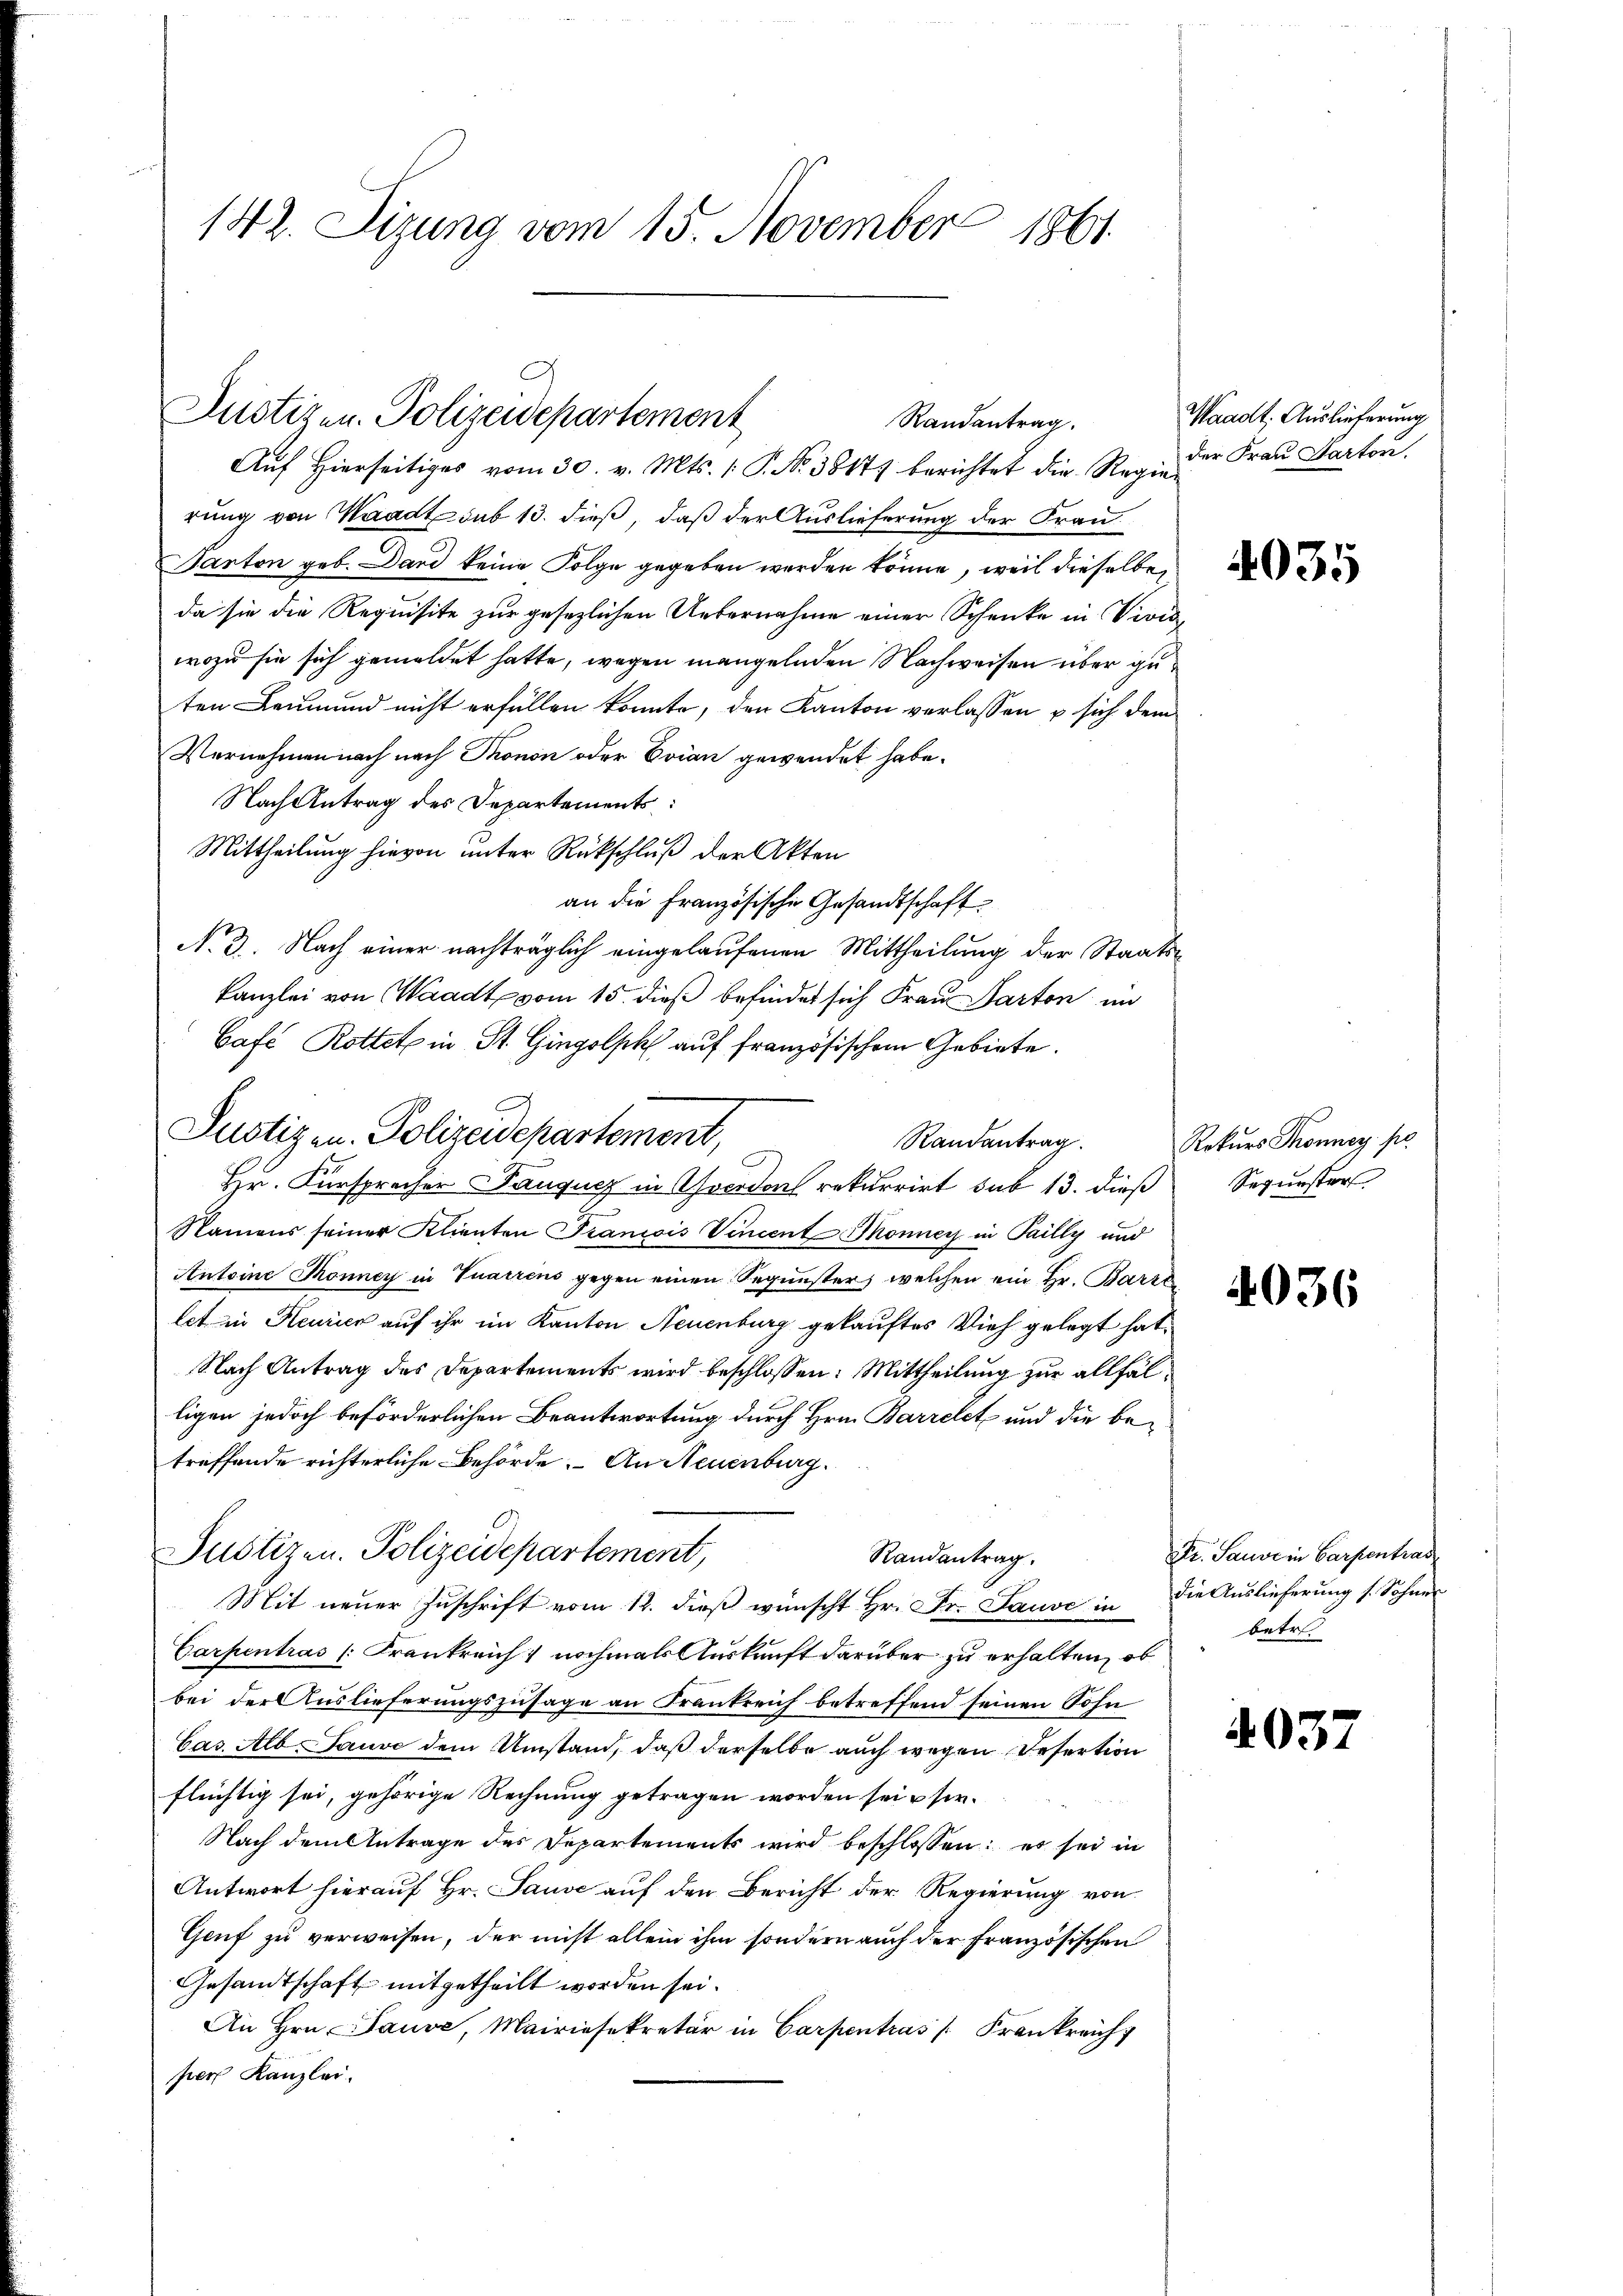
142. Sizung vom 15. November 1861

Justizen. Polizeidepartement
Randantrag.

Auf Hierseitiges vom 30. v. Mts. 1 P. Nr. 38177 berichtet die Regen der Frau Karton.
rung von Waadt sub 13. dieß, daß der Auslieferung der Frau¬
Parton geb. Dard keine Folge gegeben werden könne, weil dieselbe,
da sie die Requisite zur gesezlichen Uebernahme einer Schenke in Vivis
wozu sie sich gemeldet hatte, wegen mangelnden Nachweisen über geten Leumund nicht erfüllen konnte, den Kanton verlassen u sich dem
Vernehmen nach nach Thonon oder Evian gewendet habe.
Nach Antrag des Departements:
Mittheilung hievon unter Rückschluß der Akten
an die Französische Gesandtschaft
No 3. Nach einer nachträglich eingelaufenen Mittheilung der Staats¬
Kanzlei von Waadt vom 15. dieß befindet sich Frau Parten in
Café Rottet in St. Gingolsch auf französischem Gebiete.
Randantrag.
Hr. Fürspracher Pauqucz in verdorf rekurrirt sub 13. dieß Sepurster
Namens seiner Klienten Tranicis Vincent Monner in Pailly und
Antoine Tonney in Tuarrens gegen einen Sequester, welchen ein Hr. Bares
let in Heurick auf ihr im Kanton Neuenburg gekauftes Vieh gelegt hat.
Nach Antrag des Departements wird beschlossen: Mittheilung zur allfälligen jedoch beförderlichen Beantwortung durch Hrn. Barrelet und die betreffende richterliche Behörde. An Neuenburg.
Justizen. Polizeidepartement,
Randantrag.
Mit neuer Zuschrift vom 12. dieß wünscht Hr. Fr. Sause in
Carpentras (Krankreich nochmals Auskunft darüber zu erhalten, ob
bei der Auslieferungszusage an Frankreich betreffend seinen Sohn
Cas. Alb. Tauve dem Umstand, daß derselbe auch wegen Refertion
flüchtig sei, gehörige Rechnung getragen worden sei u sor¬
Nach dem Antrage des Departements wird beschlossen: es sei in
Antwort hierauf Hr. Sause auf den Bericht der Regierung von
Geuf zu verweisen, der nicht allein ihm sondern auch der französischen
Gesandtschaft mitgetheilt worden sei.
An Hrn. Pause, Mairiesekretär in Carpentras /: Frankreich
per Kanzlei.

Justizen. Polizeidepartement,

Waadt, Auslieferung

4035

Rekurs Tonner po

4036

Str. Sauve in Carpentras
die Auslieferung s. Sohner
betret

4037